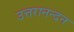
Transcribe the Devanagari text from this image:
उत्तरानन्दन